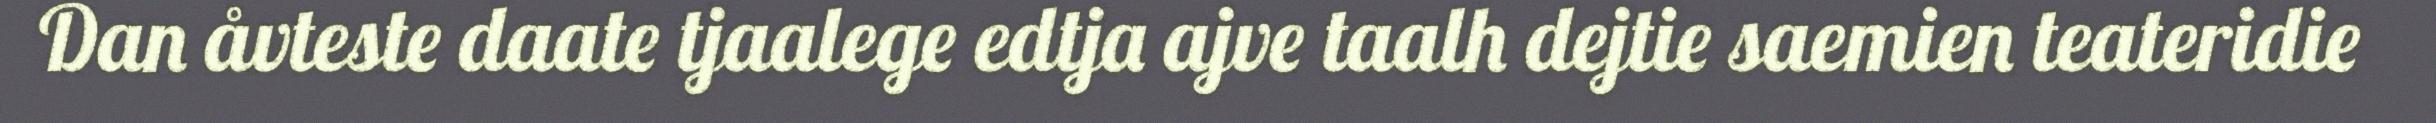
Dan åvteste daate tjaalege edtja ajve taalh dejtie saemien teateridie